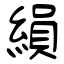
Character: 縜